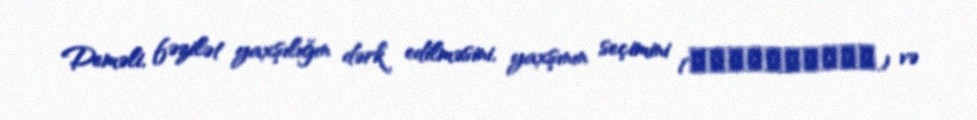
Deməli, fəzilət yaxşılığın dərk edilməsini, yaxşının seçimini (προαίρεσις) və